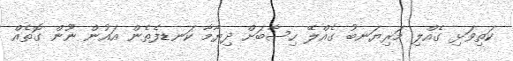
ކަތިވަޅި ގެއްލި މަރިޔަނބު ގެއްލޭ ހިސާބަށް ދިޔާމާ ކަނޑފެތެން އައުން ނޫން ގޮތެއް